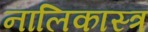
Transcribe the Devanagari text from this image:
नालिकास्‍त्र